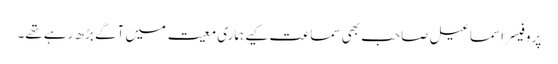
پروفیسر اسماعیل صاحب بھی سماعت کیے ہماری معیت میں آگے بڑھ رہے تھے۔